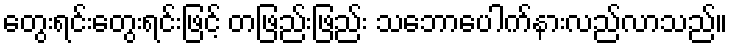
တွေးရင်းတွေးရင်းဖြင့် တဖြည်းဖြည်း သဘောပေါက်နားလည်လာသည်။